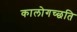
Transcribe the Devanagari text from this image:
कालोगच्छति